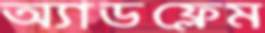
অ্যাডফ্লেম